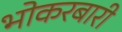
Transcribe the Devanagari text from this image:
भोकरबारी